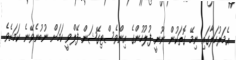
އެމަރުހަލާގައި ނިމޭ ގޮތަކުން ނޫނީ ފުލުހުންގެ އިންވެސްޓިގޭޝަން ފޭލްވީ ކަމަށް ނުބުނެވޭނެ ކަމަށެވެ.